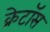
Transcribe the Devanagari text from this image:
क्रेटॉस